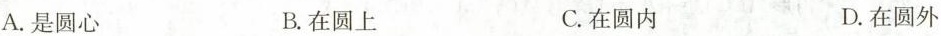
A.是圆心 B.在圆上 C.在圆内 D.在圆外